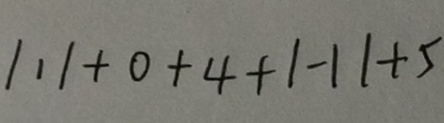
\vert 1 \vert + 0 + 4 + \vert - 1 \vert + 5